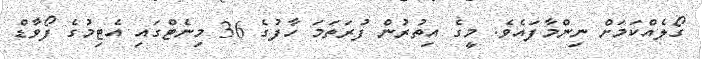
ގޯލެއްކަމަށް ނިންމާފައެވެ. މީގެ އިތުރުން ފުރަތަމަ ހާފުގެ 36 މިނެޓްގައި އެޓިމުގެ ފޯވާޑް